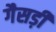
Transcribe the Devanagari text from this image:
गैसड़ी